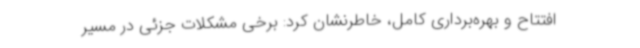
افتتاح و بهره‌برداری کامل، خاطرنشان کرد: برخی مشکلات جزئی در مسیر